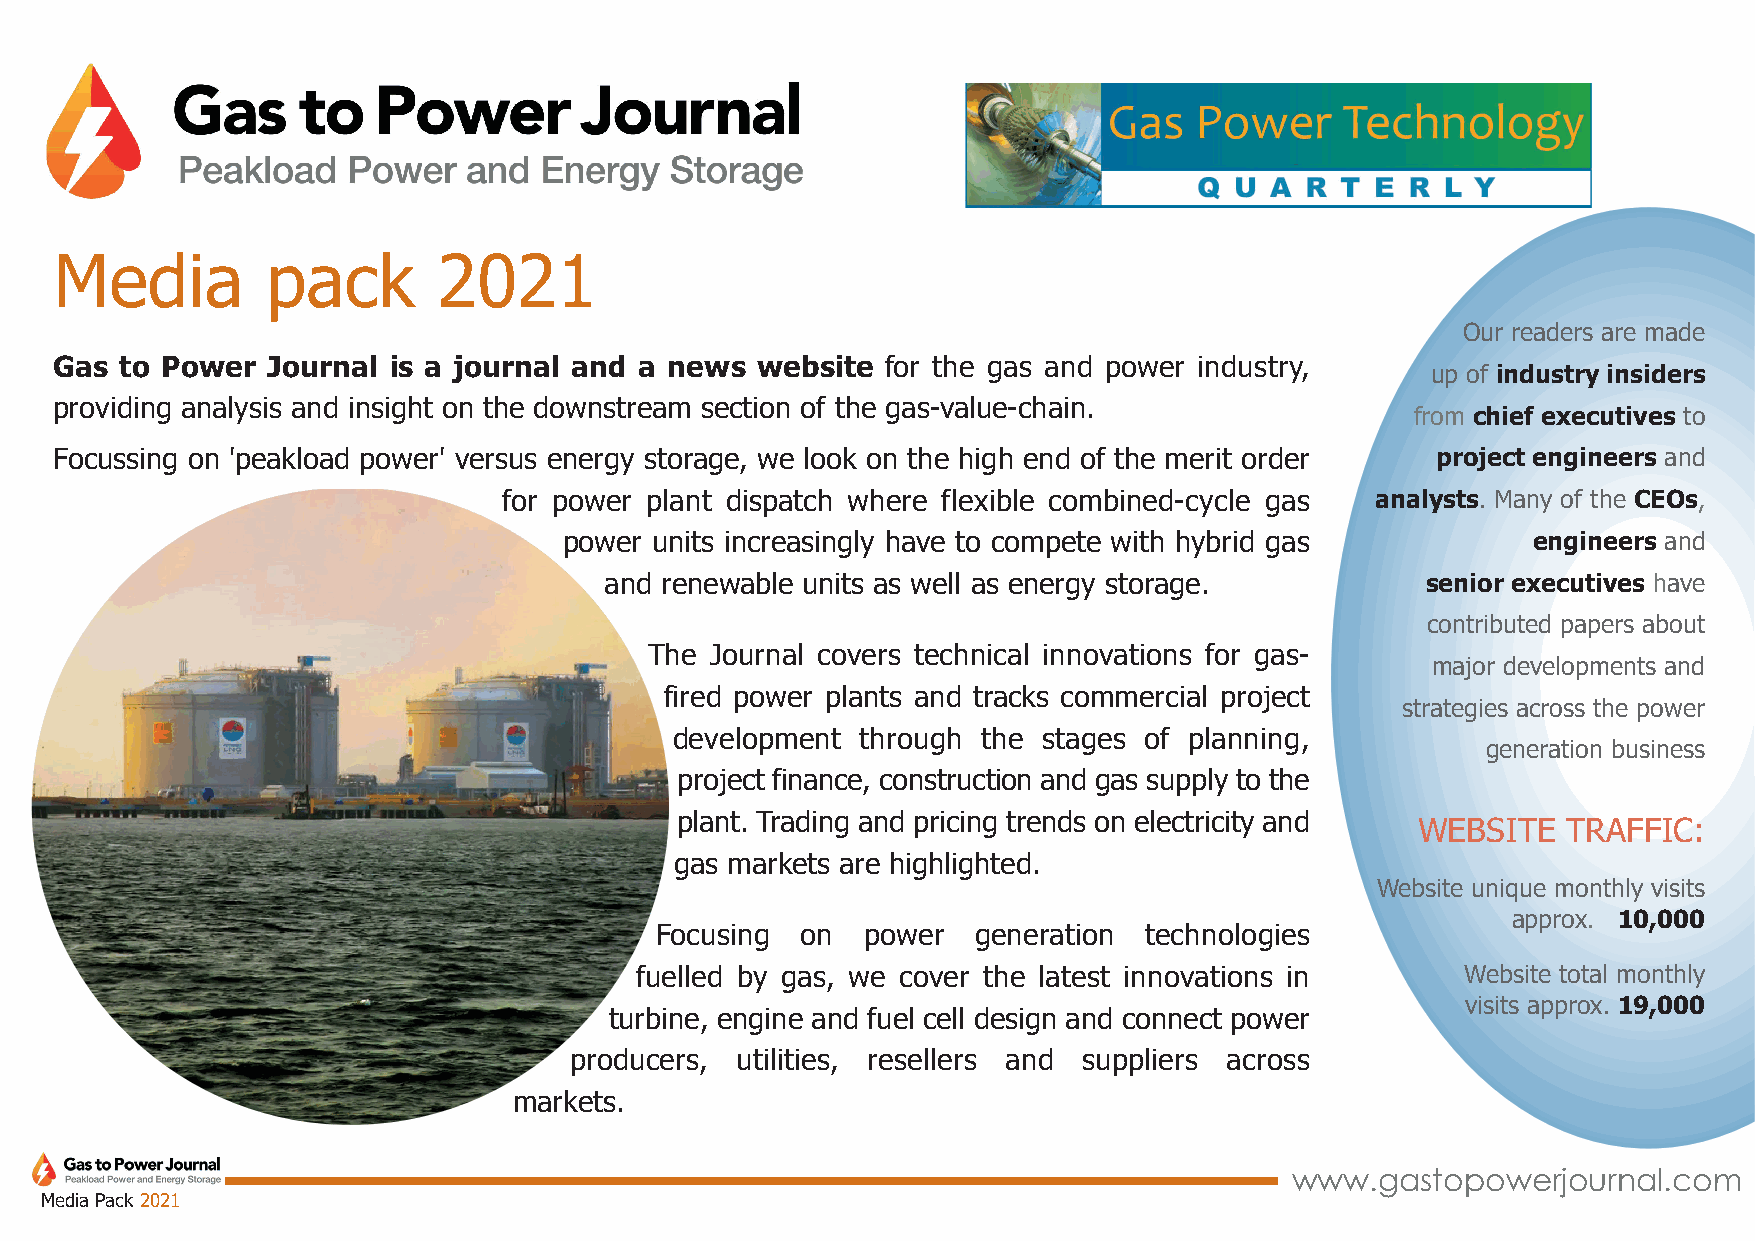
Media         pack       2021
 Our readers are made
 Gas to Power  Journal is a journal and a news website  for the gas and power industry,
 up of industry insiders
 providing analysis and insight on the downstream section of the gas-value-chain.
 from chief executives to
 Focussing on 'peakload power' versus energy storage, we look on the high end of the merit order project engineers and
 for power plant dispatch where flexible combined-cycle gas analysts. Many of the CEOs,
 power units increasingly have to compete with hybrid gas        engineers and
 and renewable units as well as energy storage.        senior executives have
 contributed papers about
 The Journal covers technical innovations for gas-
 major developments and
 fired power plants and tracks commercial project
 strategies across the power
 development through the stages of planning,
 generation business
 project finance, construction and gas supply to the
 plant. Trading and pricing trends on electricity and
 WEBSITE   TRAFFIC:
 gas markets are highlighted.
 Website unique monthly visits
 approx. 10,000
 Focusing  on  power   generation technologies
 fuelled by gas, we cover the latest innovations in     Website total monthly
 visits approx. 19,000
 turbine, engine and fuel cell design and connect power
 producers, utilities, resellers and suppliers across
 markets.
 www.gastopowerjournal.com
 Media Pack 2021